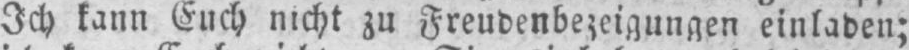
Ich kann Euch nicht zu Freudenbezeigungen einladen;